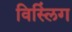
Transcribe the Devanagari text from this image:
विस्लिंग